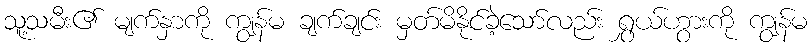
သူ့သမီး၏ မျက်နှာကို ကျွန်မ ချက်ချင်း မှတ်မိနိုင်ခဲ့သော်လည်း ရွှယ်ဟွားကို ကျွန်မ